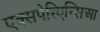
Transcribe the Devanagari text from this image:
एक्सपेरिएन्सिआ